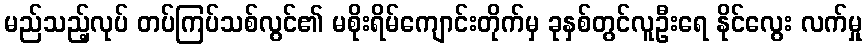
မည်သည့်လုပ် တပ်ကြပ်သစ်လွင်၏ မစိုးရိမ်ကျောင်းတိုက်မှ ခုနှစ်တွင်လူဦးရေ နိုင်လွေး လက်မှု